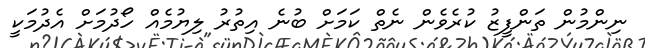
ނިންމުން ތަންފީޒު ކުރެވެން ނެތް ކަމަށް ބުނެ އިތުރު ލިޔުމެއް ހޯދުމަށް އެދުމަކީ